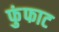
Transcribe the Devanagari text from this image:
फुंफाट